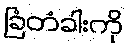
ခြံတံခါးကို